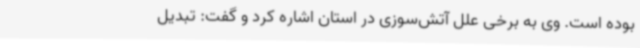
بوده ‌است. وی به برخی علل آتش‌سوزی‌ در استان اشاره کرد و گفت: تبدیل